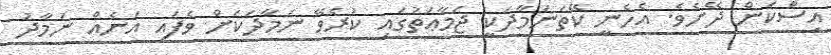
އިސްކަން ދޭށެވެ. އެހެނީ ކޭތަނަމާދަކީ ޖަމާޢަތުގައި ކުރެވޭ ނަމާދަކަށް ވެފައި އަނެއް ނަމާދު